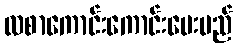
လစာကောင်းကောင်းပေးမည်